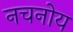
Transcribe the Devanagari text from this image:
नचनोय